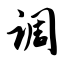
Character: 调